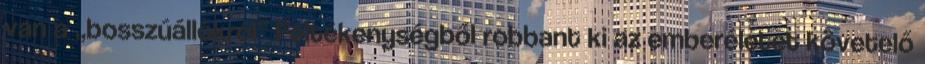
van a „bosszúállókról” Féltékenységből robbant ki az emberéletet követelő